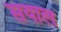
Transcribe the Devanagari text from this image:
सयाल